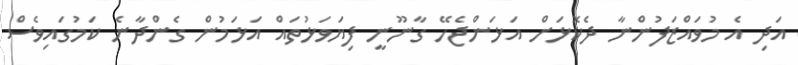
އަދި އެ މުވައްޒަފުންނާ ދެކޮޅަށް އަޅަންޖެހޭ ގާނޫނީ ފިޔަވަޅުތައް އަޅަމުން ގެންދާނެ ކަމުގައިވެސް